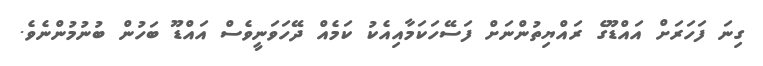
ގިނަ ފަހަރަށް އައްޑޫގެ ރައްޔިތުންނަށް ފަސޭހަކަމާއިއެކު ކަމެއް ދޭހަވަނީވެސް އައްޑޫ ބަހުން ބުނުމުންނެވެ.